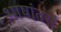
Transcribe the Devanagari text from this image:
भाषांतरों